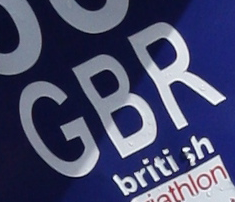
GBR